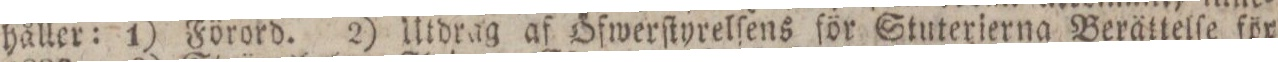
håller: 1) Förord. 2) Utdrag af Öfwerſtyrelſens för Stuterierna Berättelſe för